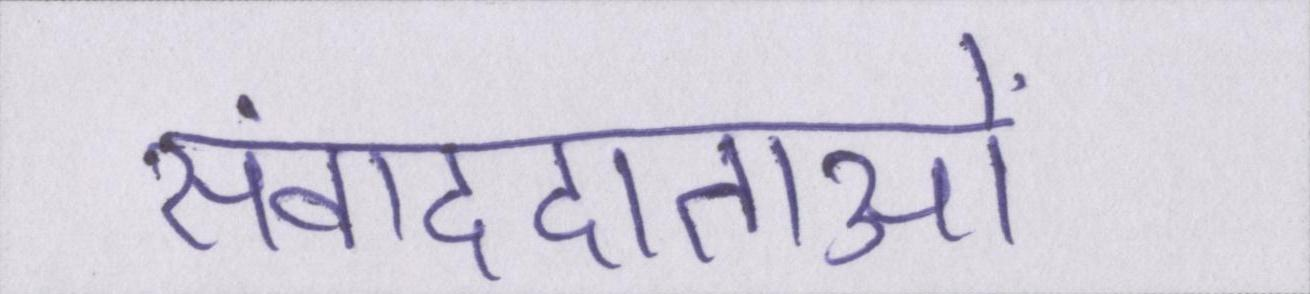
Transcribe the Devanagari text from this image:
संवाददाताओं